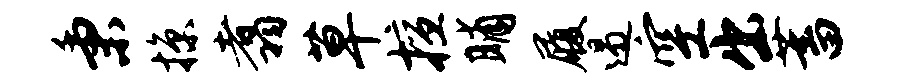
秉掠翥草擅晡履遏空出蓄